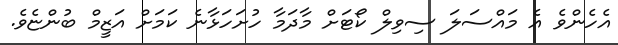
އެހެންވެ އެ މައްސަލަ ސިވިލް ކޯޓަށް މާދަމާ ހުށަހަޅާނެ ކަމަށް އަޒީމް ބުންޏެވެ.